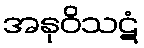
အနုဝိသဋံ